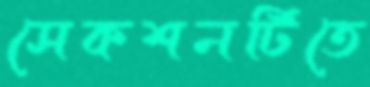
সেকশনটিতে